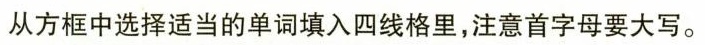
从方框中选择适当的单词填入四线格里,注意首字母要大写。